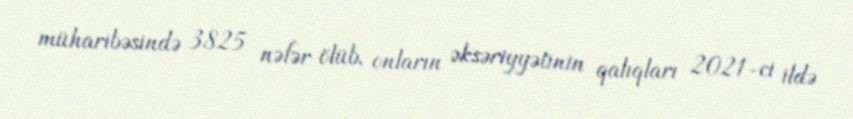
müharibəsində 3825 nəfər ölüb, onların əksəriyyətinin qalıqları 2021-ci ildə